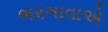
ભરગાવાએ